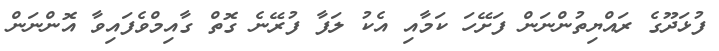
ފުޅަދޫގެ ރައްޔިތުންނަން ފަށޭހަ ކަމާއި އެކު ލަފާ ފުރޭނެ ގޮތް ގާއިމްވެފައިވާ އޮންނަން